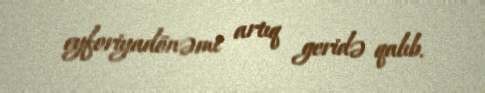
eyforiyadönəmi artıq geridə qalıb.